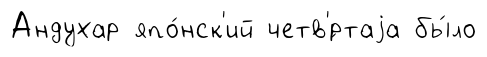
Андухар япо́нск'ий четв'́ртаjа бы́ло